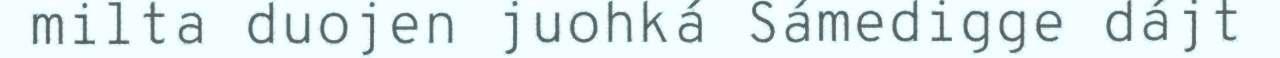
milta duojen juohká Sámedigge dájt